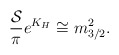
\begin{align*}{{\cal S}\over \pi}e^{K_H}\cong m_{3/2}^2.\end{align*}